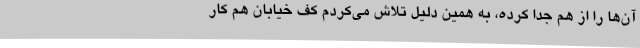
آن‌ها را از هم جدا کرده، به همین دلیل تلاش می‌کردم کف خیابان هم کار